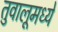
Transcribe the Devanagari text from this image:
तुवालूमध्ये